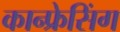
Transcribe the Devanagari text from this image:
कान्फ्रेसिंग